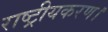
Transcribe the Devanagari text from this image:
राष्ट्रीयकरण।